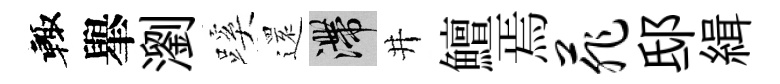
輙𦦙瀏蹊𮟃滯井鱣焉菲邸緝